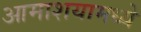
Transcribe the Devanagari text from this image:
आमाशयामध्ये